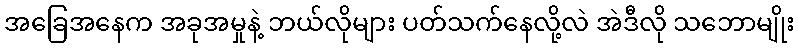
အခြေအနေက အခုအမှုနဲ့ ဘယ်လိုများ ပတ်သက်နေလို့လဲ အဲဒီလို သဘောမျိုး